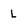
Character: L